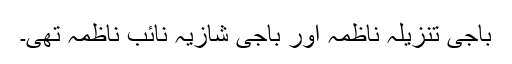
باجی تنزیلہ ناظمہ اور باجی شازیہ نائب ناظمہ تھی۔